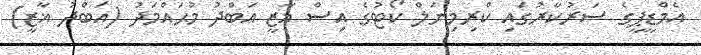
އެމްޑީޕީގެ ސަރުކާރުގައި ކްރިމިނަލް ކޯޓުގެ އިސް ޣާޒީ އަބްދު މުޙައްމަދު (އަބްދު ޣާޒީ)